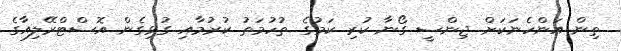
ތިން އަންހެނަކަށް ޖިންސީ ގޯނާ ކުރި ކަމުގެ ތުހުމަތު ކުރުމާއި ގުޅިގެން އޮސްޓްރޭލިއާގެ